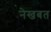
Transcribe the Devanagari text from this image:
नेखबत